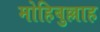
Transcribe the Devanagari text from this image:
मोहिबुल्लाह